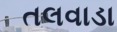
તલવાડા